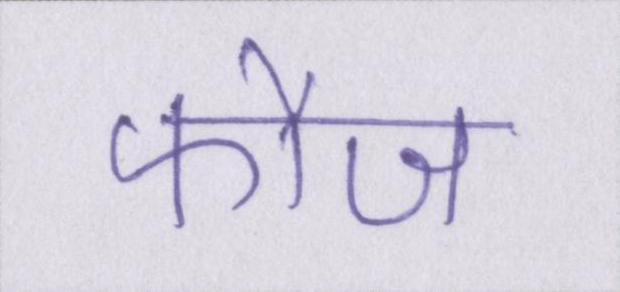
फौज